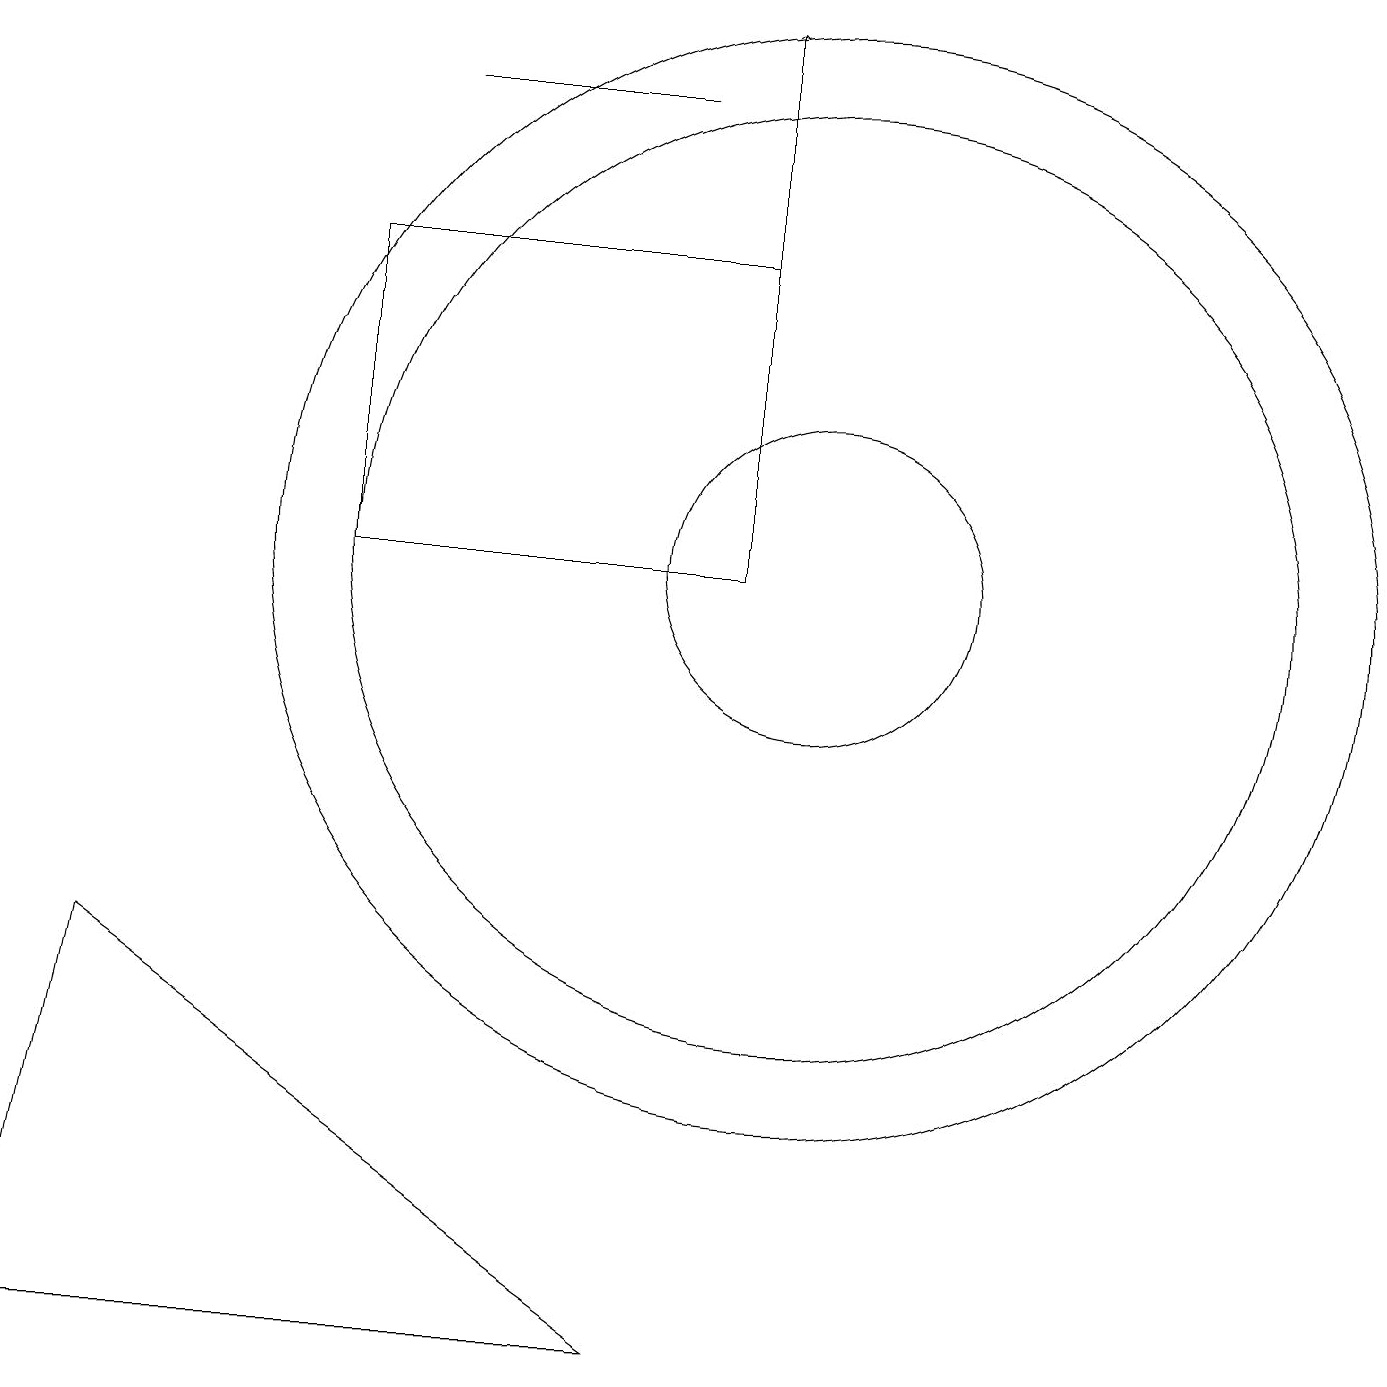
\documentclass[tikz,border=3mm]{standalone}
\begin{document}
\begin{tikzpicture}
\draw (0,1) -- (8,1) -- (1,6) -- cycle;
\draw (10,11) circle (2);
\draw (8,17) rectangle (5,17);
\draw[->] (9,15) -- (9,18);
\draw (12,11) circle (0);
\draw (10,11) circle (7);
\draw (4,15) rectangle (9,11);
\draw (10,11) circle (6);
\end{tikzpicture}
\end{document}